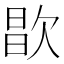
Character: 𣣘